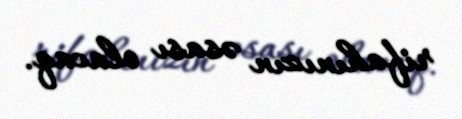
rifahınızın əsası olacaq.